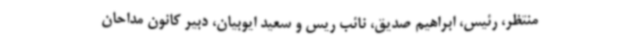
منتظر، رئیس، ابراهیم صدیق، نائب ریس و سعید ایوبیان، دبیر کانون مداحان